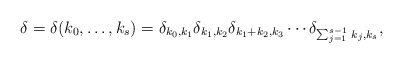
\begin{align*}\delta=\delta(k_{0},\ldots,k_{s})=\delta_{k_{0},k_1}\delta_{k_1,k_2}\delta_{k_1+k_2, k_3}\cdots\delta_{\sum_{j=1}^{s-1} \,k_{j}, k_s},\end{align*}